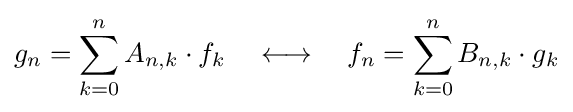
g_{n}=\sum _{k=0}^{n}A_{n,k}\cdot f_{k}\quad \longleftrightarrow \quad f_{n}=\sum _{k=0}^{n}B_{n,k}\cdot g_{k}